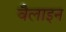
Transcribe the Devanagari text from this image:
वैलाइन